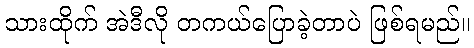
သားထိုက် အဲဒီလို တကယ်ပြောခဲ့တာပဲ ဖြစ်ရမည်။